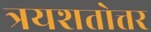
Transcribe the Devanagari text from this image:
त्रयशतोत्तर